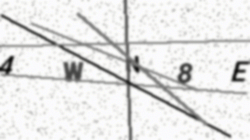
Text: 4WN8E